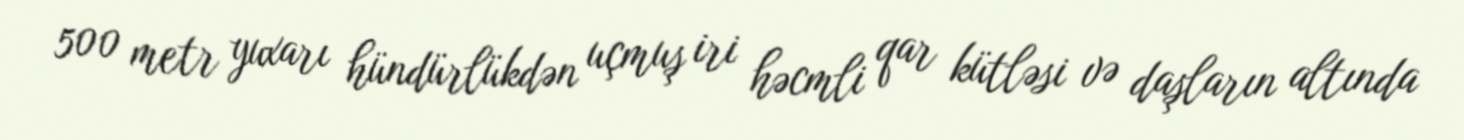
500 metr yuxarı hündürlükdən uçmuş iri həcmli qar kütləsi və daşların altında